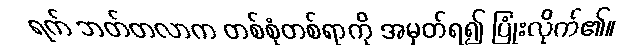
ရက် ဘတ်တလာက တစ်စုံတစ်ရာကို အမှတ်ရ၍ ပြုံးလိုက်၏။